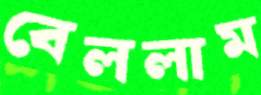
বেললাম